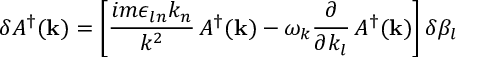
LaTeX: \delta A ^ { \dagger } ( { \bf k } ) = \left[ \frac { i m \epsilon _ { l n } k _ { n } } { k ^ { 2 } } \, A ^ { \dagger } ( { \bf k } ) - \omega _ { k } \frac { \partial } { \partial k _ { l } } \, A ^ { \dagger } ( { \bf k } ) \right] \delta \beta _ { l }